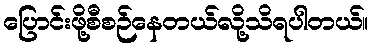
ပြောင်းဖို့စီစဉ်နေတယ်လို့သိရပါတယ်။